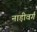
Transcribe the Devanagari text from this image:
नाड़ीवर्ग